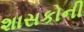
શાસકોની